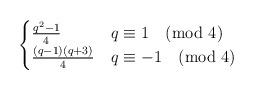
LaTeX: \begin{align*} \begin{cases} \frac{q^2-1}4&q\equiv1\pmod4\\ \frac{(q-1)(q+3)}4&q\equiv-1\pmod4 \end{cases} \end{align*}